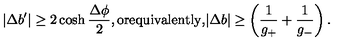
| \Delta b ^ { \prime } | \ge 2 \cosh { \frac { \Delta \phi } { 2 } } , \mathrm { o r e q u i v a l e n t l y , } | \Delta b | \ge \left( \frac { 1 } { g _ { + } } + \frac { 1 } { g _ { - } } \right) .